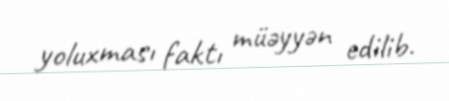
yoluxması faktı müəyyən edilib.